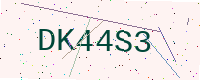
Text: DK44S3